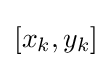
[x_{k},y_{k}]